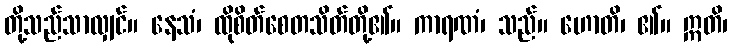
တို့သည်သာလျှင်။ နေသံ၊ ထိုစိတ်စေတသိတ်တို့၏။ ကာရဏံ၊ သည်။ ဟောတိ၊ ၏။ ဣတိ၊